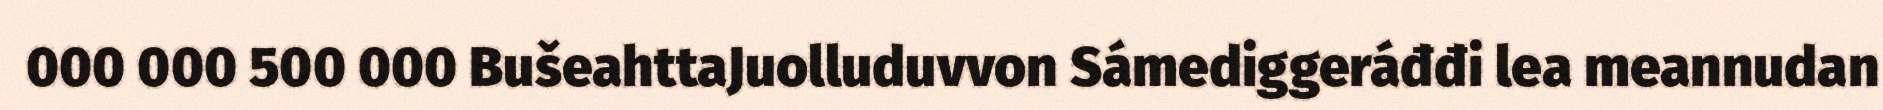
000 000 500 000 BušeahttaJuolluduvvon Sámediggeráđđi lea meannudan